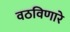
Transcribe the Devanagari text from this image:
वठविणारे